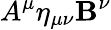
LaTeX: A^{\mu}\eta_{\mu\nu}\mathbf{B}^{\nu}